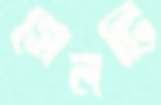
সেলটি